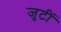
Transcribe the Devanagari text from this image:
जुटीं